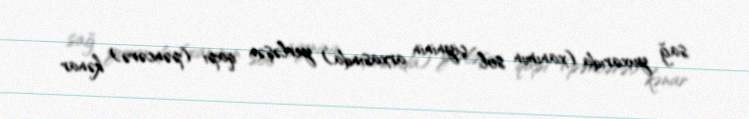
sağ yuxarıda (xanımın sol çiyninin arxasında) yerləşən qapı (pəncərə) kənar